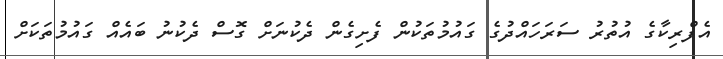
އެފްރިކާގެ އުތުރު ސަރަހައްދުގެ ގައުމުތަކުން ފެށިގެން ދެކުނަށް ގޮސް ދެކުނު ބައެއް ގައުމުތަކަށް